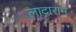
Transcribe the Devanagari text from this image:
लादाराम